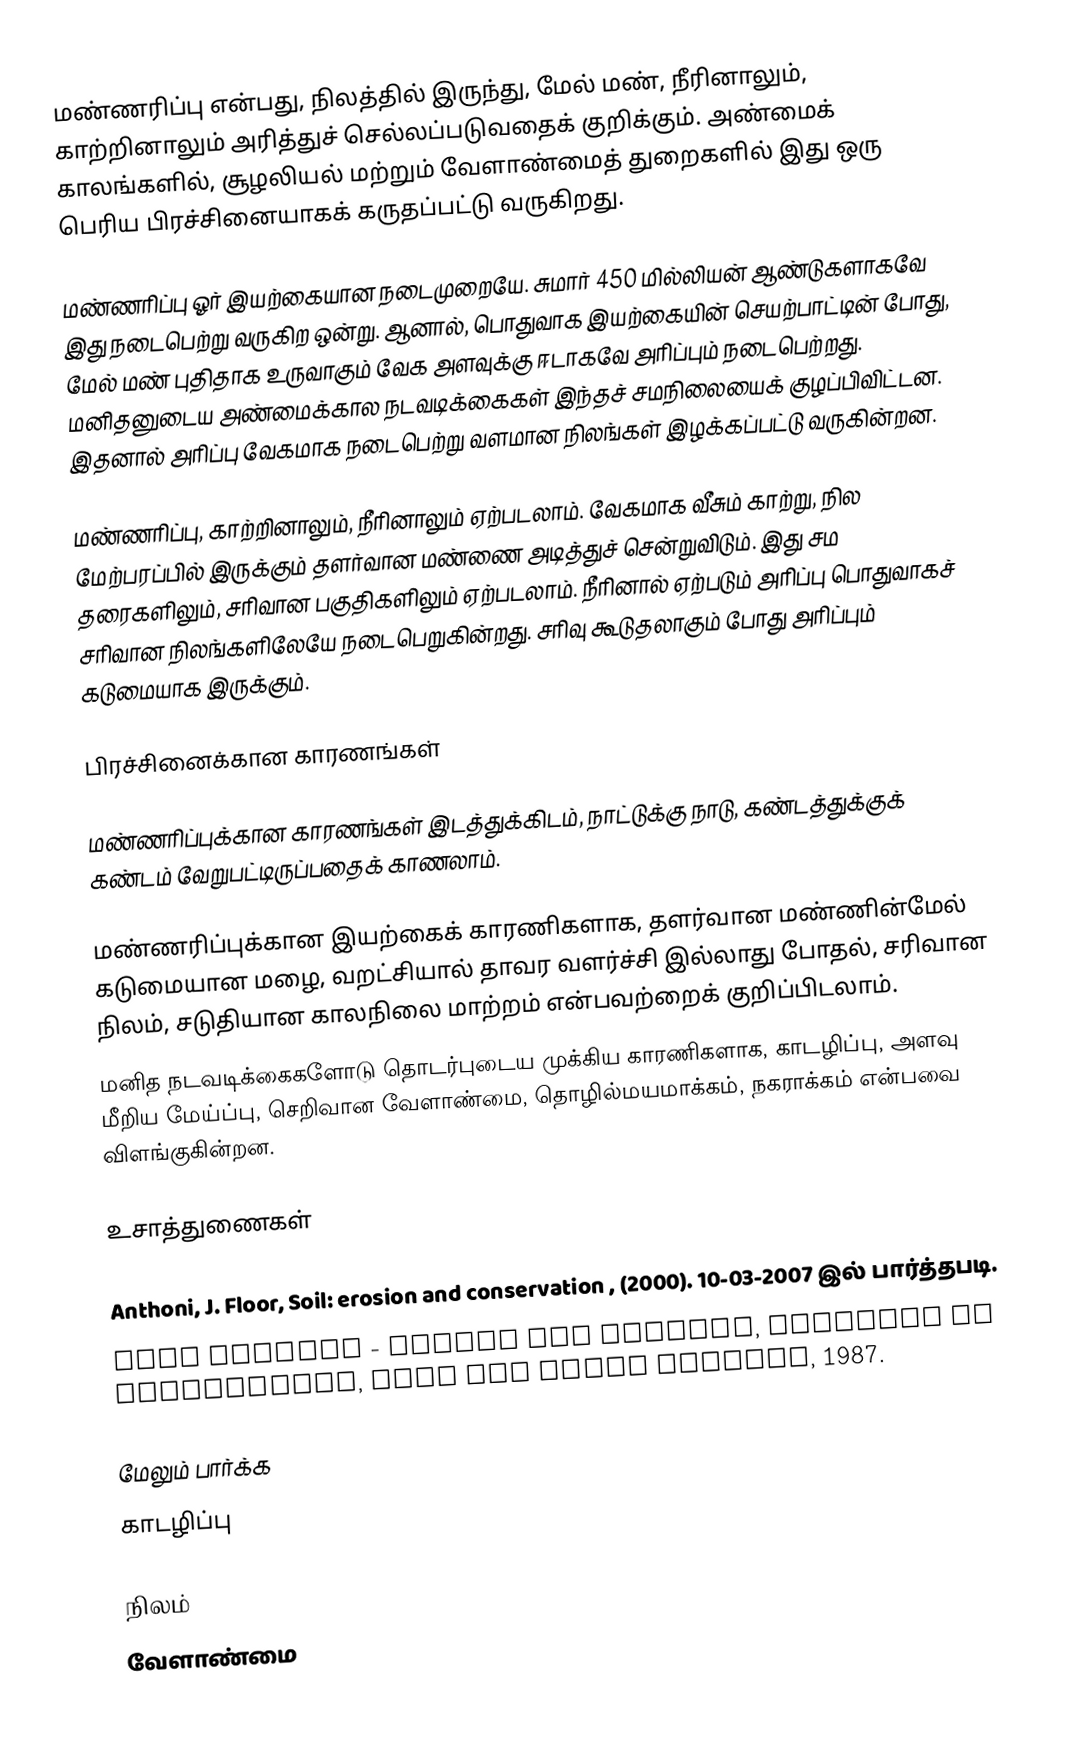
மண்ணரிப்பு என்பது, நிலத்தில் இருந்து, மேல் மண், நீரினாலும், காற்றினாலும் அரித்துச் செல்லப்படுவதைக் குறிக்கும். அண்மைக் காலங்களில், சூழலியல் மற்றும் வேளாண்மைத் துறைகளில் இது ஒரு பெரிய பிரச்சினையாகக் கருதப்பட்டு வருகிறது.

மண்ணரிப்பு ஓர் இயற்கையான நடைமுறையே. சுமார் 450 மில்லியன் ஆண்டுகளாகவே இது நடைபெற்று வருகிற ஒன்று. ஆனால், பொதுவாக இயற்கையின் செயற்பாட்டின் போது, மேல் மண் புதிதாக உருவாகும் வேக அளவுக்கு ஈடாகவே அரிப்பும் நடைபெற்றது. மனிதனுடைய அண்மைக்கால நடவடிக்கைகள் இந்தச் சமநிலையைக் குழப்பிவிட்டன. இதனால் அரிப்பு வேகமாக நடைபெற்று வளமான நிலங்கள் இழக்கப்பட்டு வருகின்றன.

மண்ணரிப்பு, காற்றினாலும், நீரினாலும் ஏற்படலாம். வேகமாக வீசும் காற்று, நில மேற்பரப்பில் இருக்கும் தளர்வான மண்ணை அடித்துச் சென்றுவிடும். இது சம தரைகளிலும், சரிவான பகுதிகளிலும் ஏற்படலாம். நீரினால் ஏற்படும் அரிப்பு பொதுவாகச் சரிவான நிலங்களிலேயே நடைபெறுகின்றது. சரிவு கூடுதலாகும் போது அரிப்பும் கடுமையாக இருக்கும்.

பிரச்சினைக்கான காரணங்கள்

மண்ணரிப்புக்கான காரணங்கள் இடத்துக்கிடம், நாட்டுக்கு நாடு, கண்டத்துக்குக் கண்டம் வேறுபட்டிருப்பதைக் காணலாம்.

 மண்ணரிப்புக்கான இயற்கைக் காரணிகளாக, தளர்வான மண்ணின்மேல் கடுமையான மழை, வறட்சியால் தாவர வளர்ச்சி இல்லாது போதல், சரிவான நிலம், சடுதியான காலநிலை மாற்றம் என்பவற்றைக் குறிப்பிடலாம்.
 மனித நடவடிக்கைகளோடு தொடர்புடைய முக்கிய காரணிகளாக, காடழிப்பு, அளவு மீறிய மேய்ப்பு, செறிவான வேளாண்மை, தொழில்மயமாக்கம், நகராக்கம் என்பவை விளங்குகின்றன.

உசாத்துணைகள்

 Anthoni, J. Floor, Soil: erosion and conservation , (2000). 10-03-2007 இல் பார்த்தபடி.
 Soil Erosion - Causes and Effects, Ministry of Agriculture, Food and Rural Affairs, 1987.

மேலும் பார்க்க
 காடழிப்பு

நிலம்
வேளாண்மை